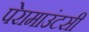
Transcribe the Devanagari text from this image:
पेरामाउंटसी